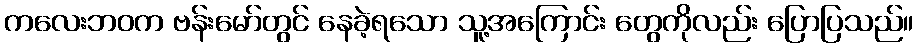
ကလေးဘဝက ဗန်းမော်တွင် နေခဲ့ရသော သူ့အကြောင်း တွေကိုလည်း ပြောပြသည်။